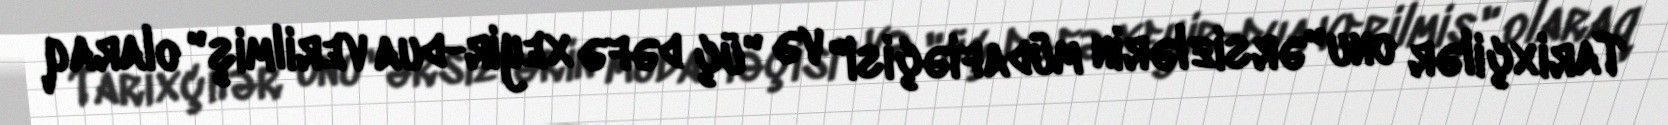
Tarixçilər onu "ərsizlərin müdafiəçisi" və "üç dəfə xeyir-dua verilmiş" olaraq